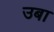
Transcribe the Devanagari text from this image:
उबा